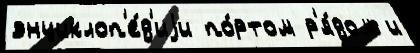
энциклоп'е́д'иjи по́ртом р'я́дом и